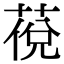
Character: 䓲